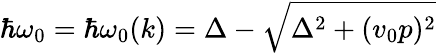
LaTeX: \hbar\omega_{0}=\hbar\omega_{0}(k)=\Delta-\sqrt{\Delta^{2}+(v_{0}p)^{2}}